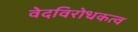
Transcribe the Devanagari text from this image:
वेदविरोधकत्व